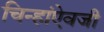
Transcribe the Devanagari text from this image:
चिन्हांऐवजी